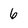
Character: 6